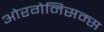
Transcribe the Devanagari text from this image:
ओरगेनिसम्स